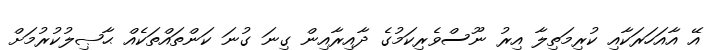
އޭ އާއަހަރަކާއި ކުރިމަތިލާ އިރު ނޫސްވެރިކަމުގެ ދާއިރާއިން ގިނަ ގުނަ ކަންތައްތަކެއް ޙާޞިލުކުރުމަށް